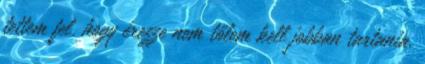
tettem fel, hogy érezze nem tőlem kell jobban tartania,